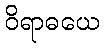
ဝိရာဓယေ